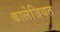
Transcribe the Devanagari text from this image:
कालेजियत